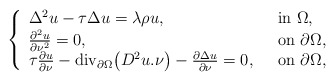
\begin{align*}\left\{\begin{array}{ll}\Delta^2 u-\tau\Delta u = \lambda\rho u,\ \ & {\rm in}\ \Omega,\\\frac{\partial^2 u}{\partial \nu^2 }=0 ,\ \ & {\rm on}\ \partial \Omega,\\\tau\frac{\partial u}{\partial \nu }-{\rm div_{\partial\Omega}}\big(D^2u.\nu\big)-\frac{\partial\Delta u}{\partial\nu}=0 ,\ \ & {\rm on}\ \partial \Omega,\end{array}\right.\end{align*}